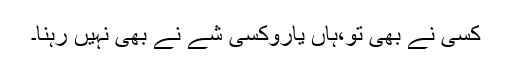
کسی نے بھی تو،ہاں یاروکسی شے نے بھی نہیں رہنا۔